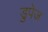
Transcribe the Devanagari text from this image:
डुपेज